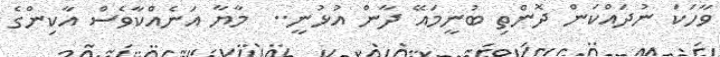
ވާހަކަ ނުދައްކަން ދޮންތި ބުނީމައޭ ދާން އުޅުނީ..  މާޔާ އަނެއްކާވެސް އާކިންގެ